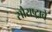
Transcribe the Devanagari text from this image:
सौराष्ट्राचे